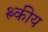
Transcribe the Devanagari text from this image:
श्ल्कीय